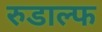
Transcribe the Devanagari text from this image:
रुडाल्फ